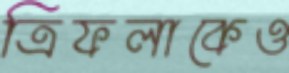
ত্রিফলাকেও